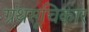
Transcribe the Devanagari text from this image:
ग्रंथसूचिकार